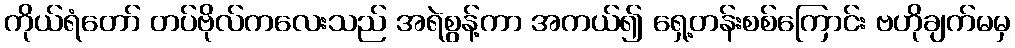
ကိုယ်ရံတော် တပ်ဗိုလ်ကလေးသည် အရဲစွန့်ကာ အကယ်၍ ရှေ့တန်းစစ်ကြောင်း ဗဟိုချက်မမှ